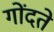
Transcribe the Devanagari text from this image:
गोंदते